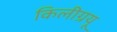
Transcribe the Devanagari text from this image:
किलीग्रयू